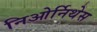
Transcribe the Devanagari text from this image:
निओर्निथेस